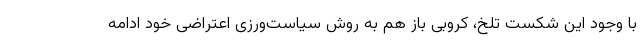
با وجود این شکست تلخ، کروبی باز هم به روش سیاست‌ورزی اعتراضی خود ادامه